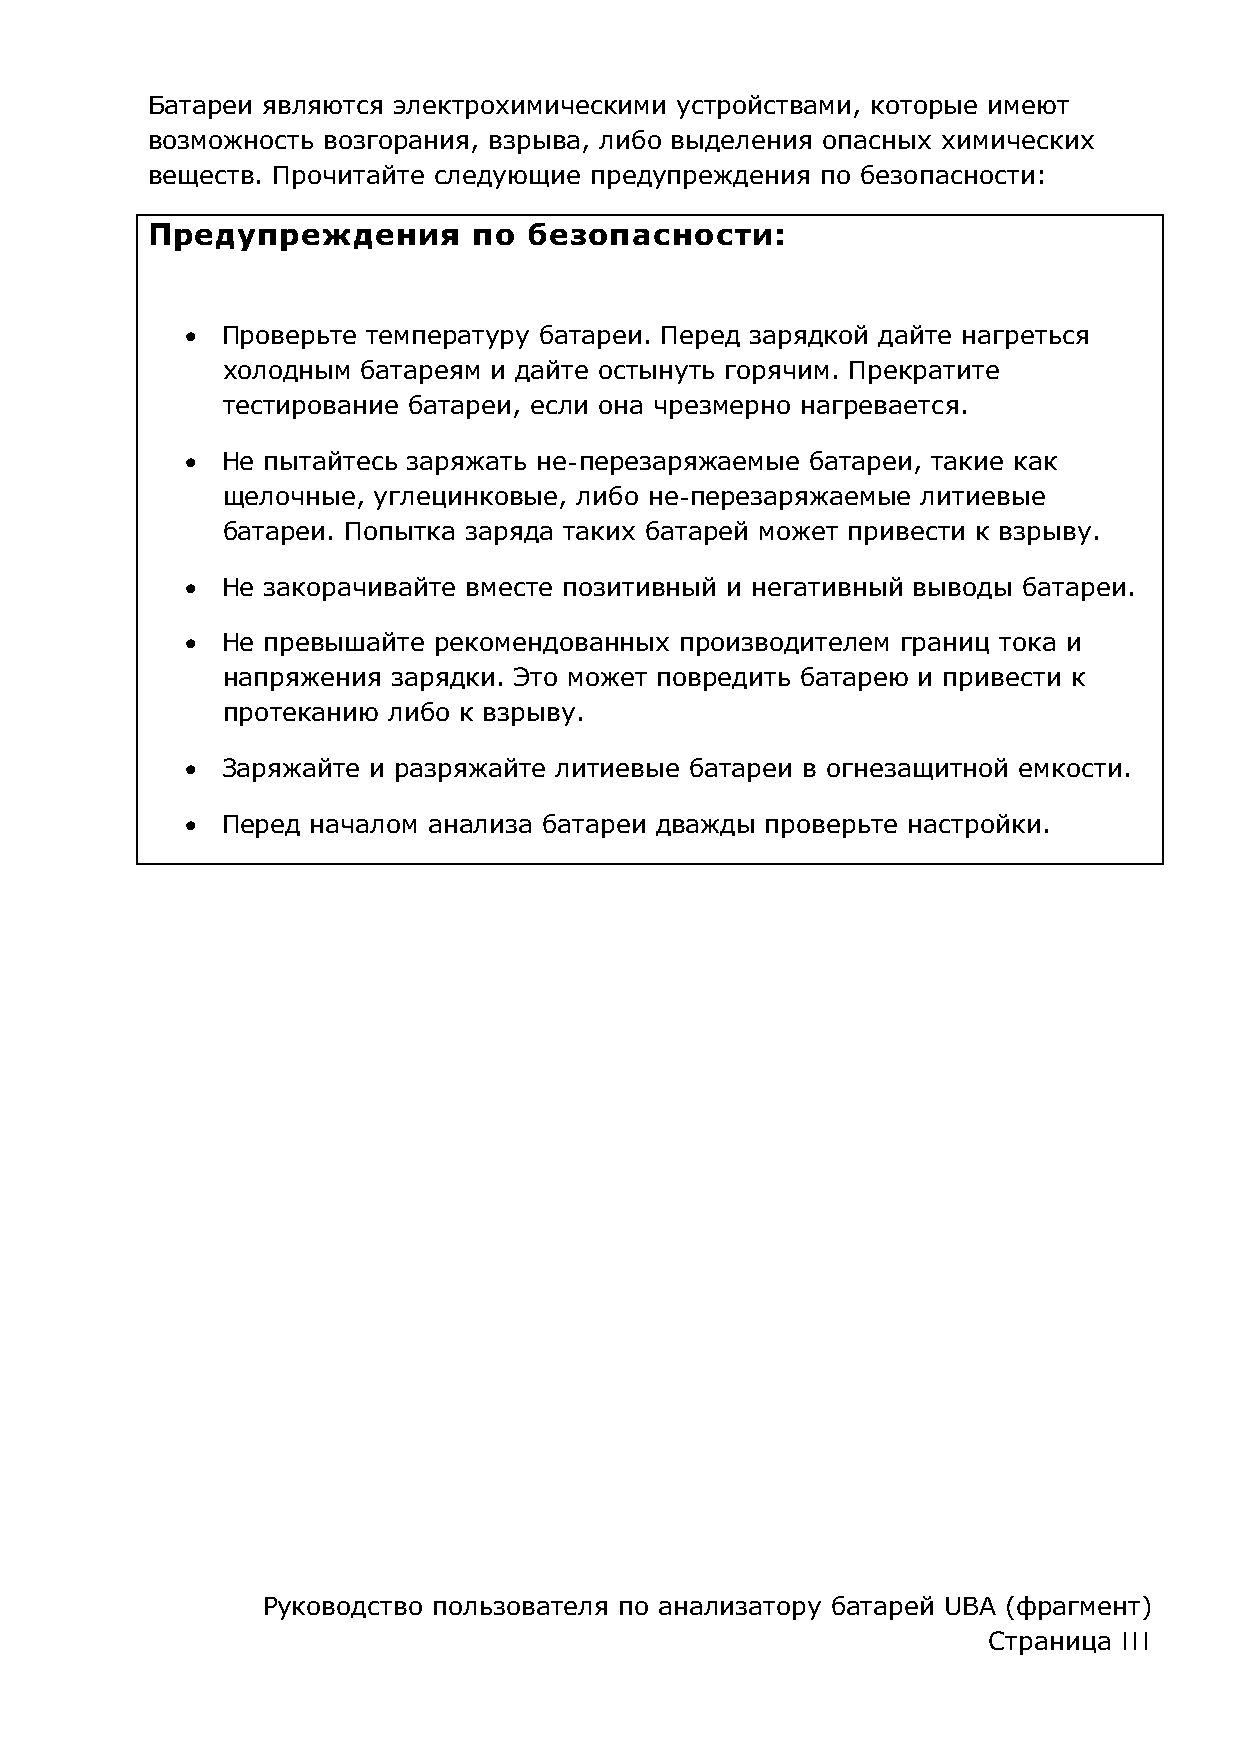
Батареи являются электрохимическими устройствами, которые имеют
 возможность возгорания, взрыва, либо выделения опасных химических
 веществ. Прочитайте следующие предупреждения по безопасности:
 Предупреждения       по  безопасности:
 •  Проверьте температуру батареи. Перед зарядкой дайте нагреться
 холодным батареям и дайте остынуть горячим. Прекратите
 тестирование батареи, если она чрезмерно нагревается.
 •  Не пытайтесь заряжать не-перезаряжаемые батареи, такие как
 щелочные, углецинковые, либо не-перезаряжаемые литиевые
 батареи. Попытка заряда таких батарей может привести к взрыву.
 •  Не закорачивайте вместе позитивный и негативный выводы батареи.
 •  Не превышайте рекомендованных производителем границ тока и
 напряжения зарядки. Это может повредить батарею и привести к
 протеканию либо к взрыву.
 •  Заряжайте и разряжайте литиевые батареи в огнезащитной емкости.
 •  Перед началом анализа батареи дважды проверьте настройки.
 Руководство пользователя по анализатору батарей UBA (фрагмент)
 Страница III